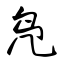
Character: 凫